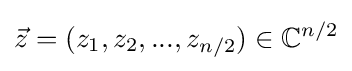
{\vec {z}}=(z_{1},z_{2},...,z_{n/2})\in \mathbb {C} ^{n/2}